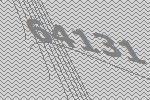
64131